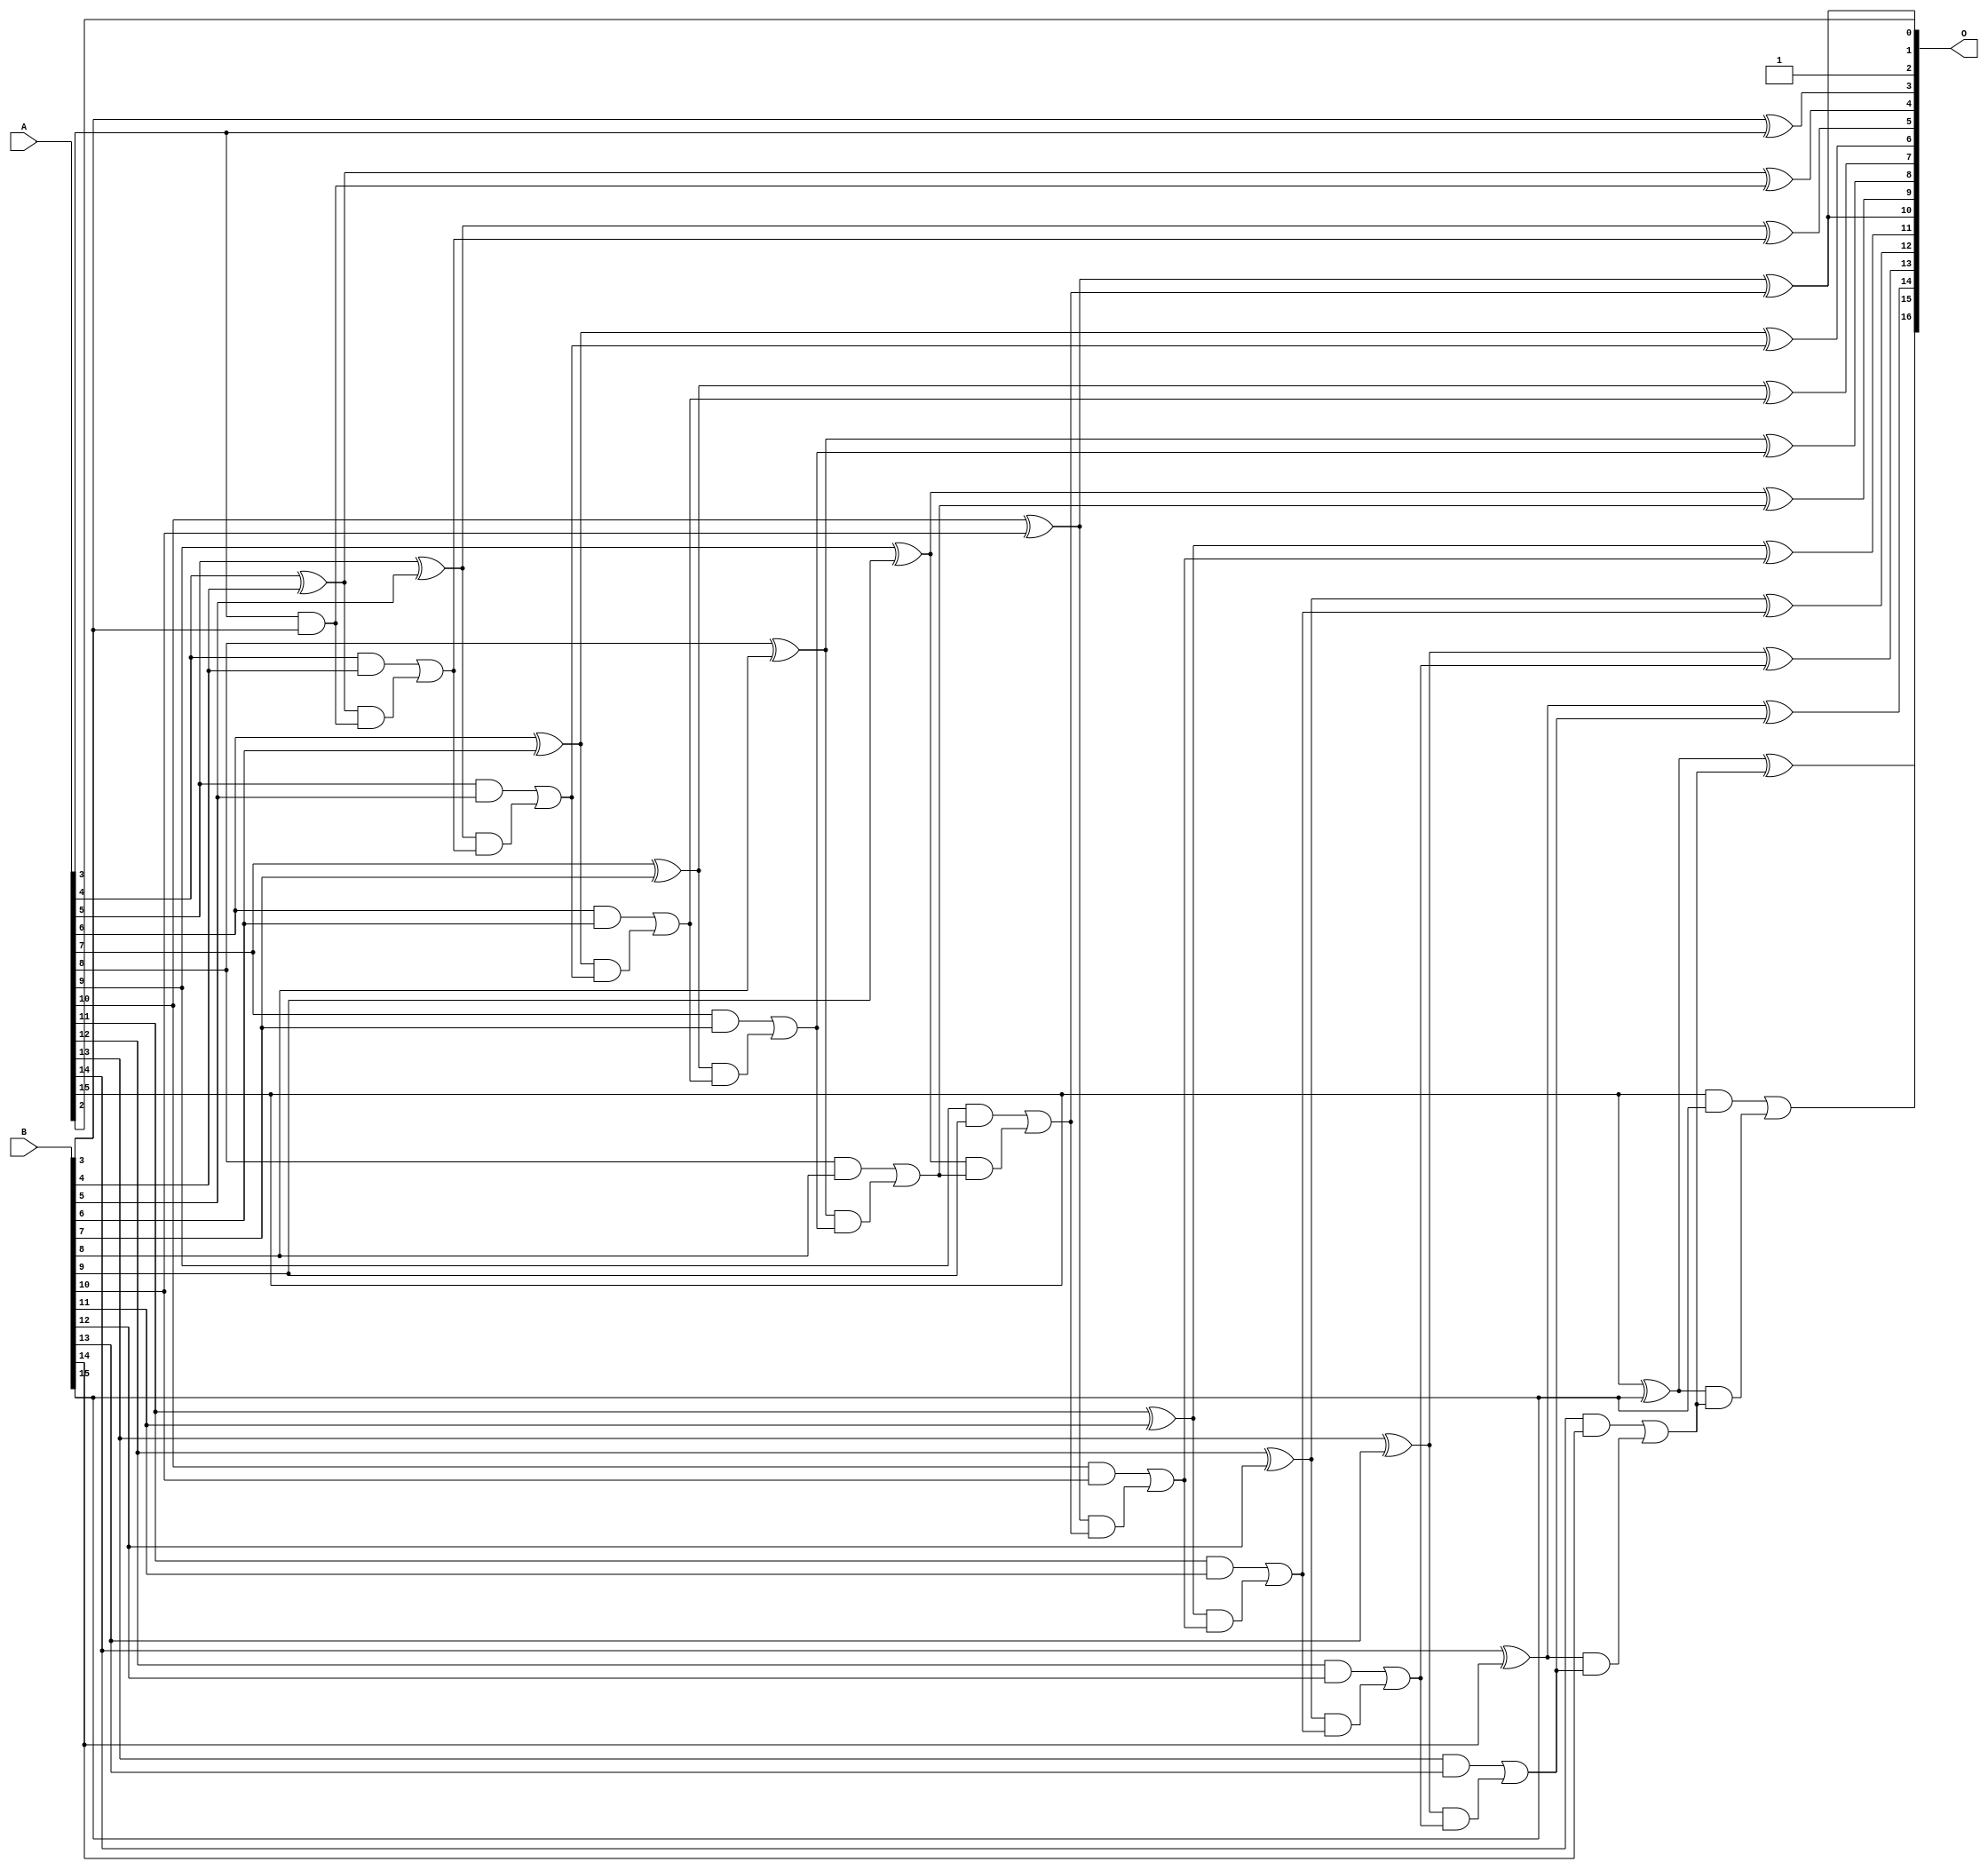
/***
* This code is a part of EvoApproxLib library (ehw.fit.vutbr.cz/approxlib) distributed under The MIT License.
* When used, please cite the following article(s):  
* This file contains a circuit from a sub-set of pareto optimal circuits with respect to the pwr and mre parameters
***/
// MAE% = 0.002 %
// MAE = 2.6 
// WCE% = 0.0061 %
// WCE = 8.0 
// WCRE% = 300.00 %
// EP% = 88.28 %
// MRE% = 0.0054 %
// MSE = 10 
// PDK45_PWR = 0.057 mW
// PDK45_AREA = 115.0 um2
// PDK45_DELAY = 1.04 ns


module add16u_0NK(A, B, O);
  input [15:0] A, B;
  output [16:0] O;
  wire sig_45, sig_48, sig_49, sig_50, sig_51, sig_53;
  wire sig_54, sig_55, sig_56, sig_58, sig_59, sig_60;
  wire sig_61, sig_63, sig_64, sig_65, sig_66, sig_68;
  wire sig_69, sig_70, sig_71, sig_73, sig_74, sig_75;
  wire sig_76, sig_78, sig_79, sig_80, sig_81, sig_83;
  wire sig_84, sig_85, sig_86, sig_88, sig_89, sig_90;
  wire sig_91, sig_93, sig_94, sig_95, sig_96, sig_98;
  wire sig_99, sig_100, sig_101, sig_103, sig_104, sig_105;
  wire sig_106;
  assign O[3] = B[3] ^ A[3];
  assign sig_45 = A[3] & B[3];
  assign O[2] = 1'b1;
  assign sig_48 = sig_45;
  assign sig_49 = A[4] ^ B[4];
  assign sig_50 = A[4] & B[4];
  assign sig_51 = sig_49 & sig_48;
  assign O[4] = sig_49 ^ sig_48;
  assign sig_53 = sig_50 | sig_51;
  assign sig_54 = A[5] ^ B[5];
  assign sig_55 = A[5] & B[5];
  assign sig_56 = sig_54 & sig_53;
  assign O[5] = sig_54 ^ sig_53;
  assign sig_58 = sig_55 | sig_56;
  assign sig_59 = A[6] ^ B[6];
  assign sig_60 = A[6] & B[6];
  assign sig_61 = sig_59 & sig_58;
  assign O[6] = sig_59 ^ sig_58;
  assign sig_63 = sig_60 | sig_61;
  assign sig_64 = A[7] ^ B[7];
  assign sig_65 = A[7] & B[7];
  assign sig_66 = sig_64 & sig_63;
  assign O[7] = sig_64 ^ sig_63;
  assign sig_68 = sig_65 | sig_66;
  assign sig_69 = A[8] ^ B[8];
  assign sig_70 = A[8] & B[8];
  assign sig_71 = sig_69 & sig_68;
  assign O[8] = sig_69 ^ sig_68;
  assign sig_73 = sig_70 | sig_71;
  assign sig_74 = A[9] ^ B[9];
  assign sig_75 = A[9] & B[9];
  assign sig_76 = sig_74 & sig_73;
  assign O[9] = sig_74 ^ sig_73;
  assign sig_78 = sig_75 | sig_76;
  assign sig_79 = A[10] ^ B[10];
  assign sig_80 = A[10] & B[10];
  assign sig_81 = sig_79 & sig_78;
  assign O[0] = sig_79 ^ sig_78;
  assign sig_83 = sig_80 | sig_81;
  assign sig_84 = A[11] ^ B[11];
  assign sig_85 = A[11] & B[11];
  assign sig_86 = sig_84 & sig_83;
  assign O[11] = sig_84 ^ sig_83;
  assign sig_88 = sig_85 | sig_86;
  assign sig_89 = A[12] ^ B[12];
  assign sig_90 = A[12] & B[12];
  assign sig_91 = sig_89 & sig_88;
  assign O[12] = sig_89 ^ sig_88;
  assign sig_93 = sig_90 | sig_91;
  assign sig_94 = A[13] ^ B[13];
  assign sig_95 = A[13] & B[13];
  assign sig_96 = sig_94 & sig_93;
  assign O[13] = sig_94 ^ sig_93;
  assign sig_98 = sig_95 | sig_96;
  assign sig_99 = A[14] ^ B[14];
  assign sig_100 = A[14] & B[14];
  assign sig_101 = sig_99 & sig_98;
  assign O[14] = sig_99 ^ sig_98;
  assign sig_103 = sig_100 | sig_101;
  assign sig_104 = A[15] ^ B[15];
  assign sig_105 = A[15] & B[15];
  assign sig_106 = sig_104 & sig_103;
  assign O[15] = sig_104 ^ sig_103;
  assign O[16] = sig_105 | sig_106;
  assign O[1] = A[2];
  assign O[10] = O[0];
endmodule